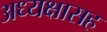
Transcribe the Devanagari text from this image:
अध्यक्षासह